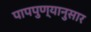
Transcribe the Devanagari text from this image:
पापपुण्यानुसार